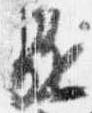
駈